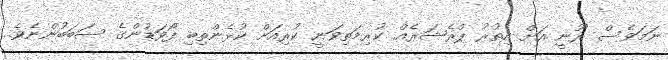
ނަމަވެސް ރޫނީ އަށް އިތުރު ޕްރެޝަރެއް ކުރިމަތިވަނީ ކުރިއަށް ކުޅެންތިބި ފޯވަޑުންގެ ސަބަބުންނެވެ.